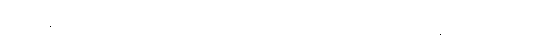
၄၆၅+၄၆၆+ လော။ အယံပိပဉှော၊ ဤပြဿနာမေးခွန်းသည်လည်း။